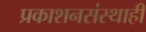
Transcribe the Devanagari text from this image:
प्रकाशनसंस्थाही